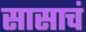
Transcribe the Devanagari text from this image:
सासाचं